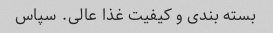
بسته بندی و کیفیت غذا عالی. سپاس